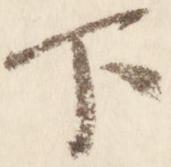
下